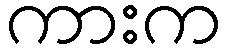
ကားက